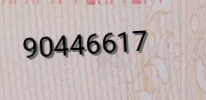
90446617